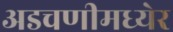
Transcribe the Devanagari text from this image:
अडचणीमध्येर